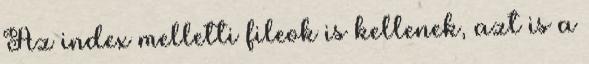
Az index melletti fileok is kellenek, azt is a